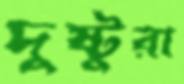
দুষ্টুরা